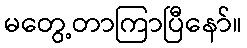
မတွေ့တာကြာပြီနော်။